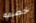
خصمه